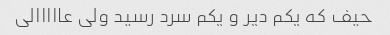
حیف که یکم دیر و یکم سرد رسید ولی عااااالی